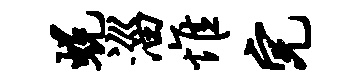
蜕淄惟完